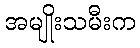
အမျိုးသမီးက